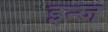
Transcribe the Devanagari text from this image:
इन्ज